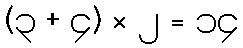
(၃ + ၄) × ၂ = ၁၄